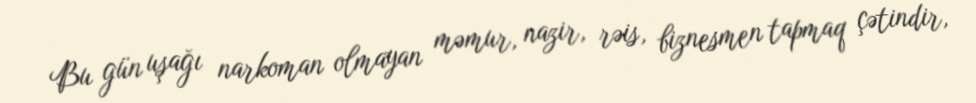
Bu gün uşağı narkoman olmayan məmur, nazir, rəis, biznesmen tapmaq çətindir,